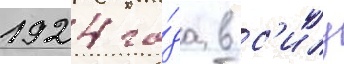
1924 го́да в с'илу